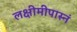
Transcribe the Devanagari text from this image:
लक्षीमीपास्नं